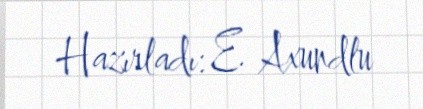
Hazırladı: E. Axundlu